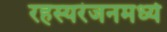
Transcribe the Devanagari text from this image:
रहस्यरंजनमध्ये